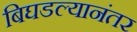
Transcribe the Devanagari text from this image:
बिघडल्यानंतर